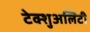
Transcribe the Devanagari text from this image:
टेक्शुअलिटी